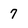
Character: 7